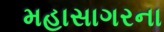
મહાસાગરના